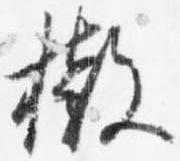
撤